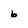
Character: 6